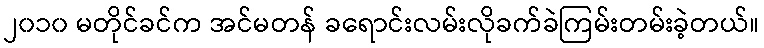
၂၀၁၀ မတိုင်ခင်က အင်မတန် ခရောင်းလမ်းလိုခက်ခဲကြမ်းတမ်းခဲ့တယ်။